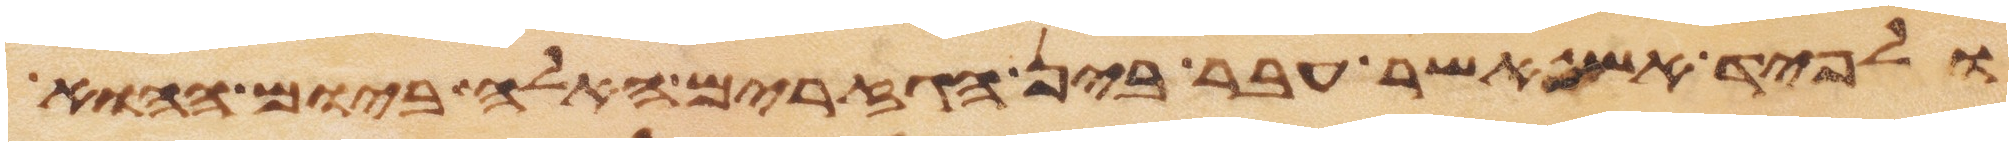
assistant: ולפיד אש אשר עבר בין הגזרים האלה ביום ההוא